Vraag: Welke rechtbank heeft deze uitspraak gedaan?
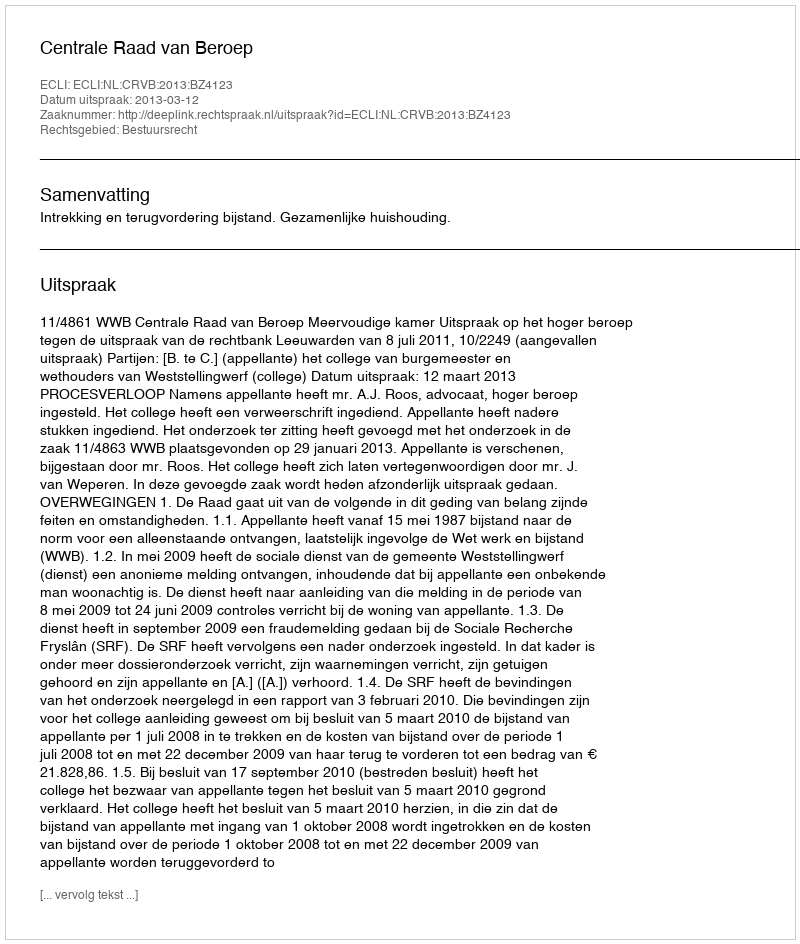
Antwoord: Centrale Raad van Beroep